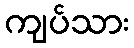
ကျပ်သား